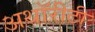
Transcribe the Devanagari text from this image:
अथॉरीटी